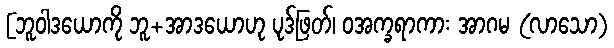
[ဘူဝါဒယောကို ဘူ+အာဒယောဟု ပုဒ်ဖြတ်၊ ဝအက္ခရာကား အာဂမ (လာသော)